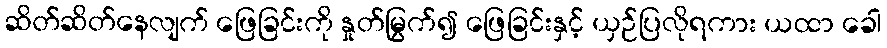
ဆိတ်ဆိတ်နေလျက် ဖြေခြင်းကို နှုတ်မြွက်၍ ဖြေခြင်းနှင့် ယှဉ်ပြလိုရကား ယထာ ခေါ